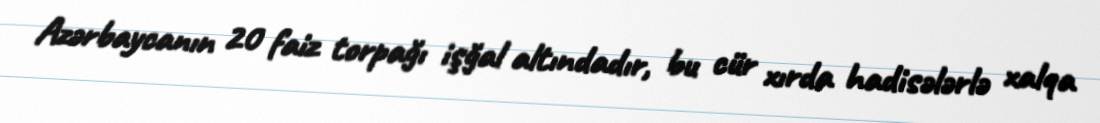
Azərbaycanın 20 faiz torpağı işğal altındadır, bu cür xırda hadisələrlə xalqa